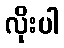
လိုးပါ